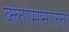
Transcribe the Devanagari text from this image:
क्लोमनाल